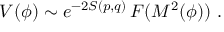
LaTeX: V ( \phi ) \sim { e ^ { - 2 S ( p , q ) } } \, F ( M ^ { 2 } ( \phi ) ) \ .